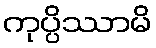
ကုပ္ပိဿာမိ